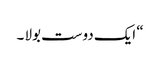
“ ایک دوست بولا ۔